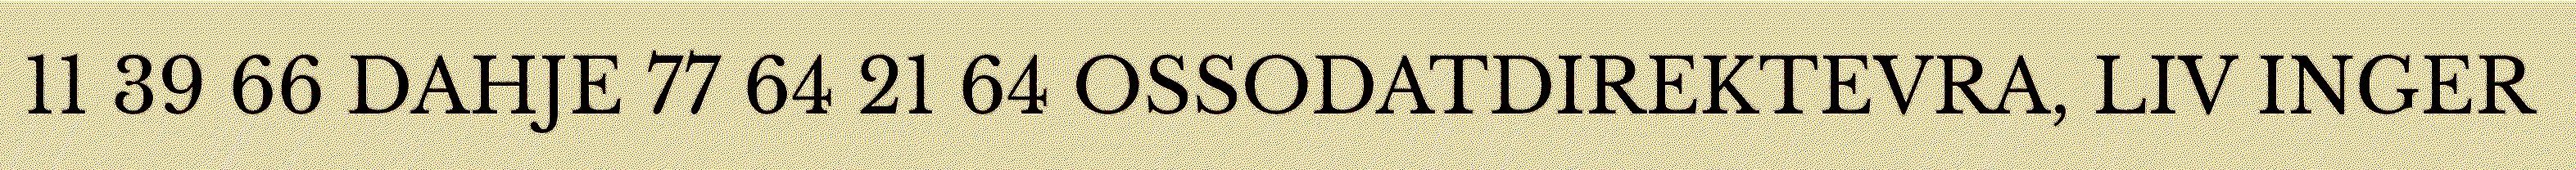
11 39 66 DAHJE 77 64 21 64 OSSODATDIREKTEVRA, LIV INGER